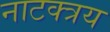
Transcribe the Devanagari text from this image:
नाटक्त्रय